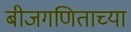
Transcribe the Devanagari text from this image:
बीजगणिताच्या